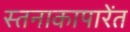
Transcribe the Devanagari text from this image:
स्तनाकापारेंत